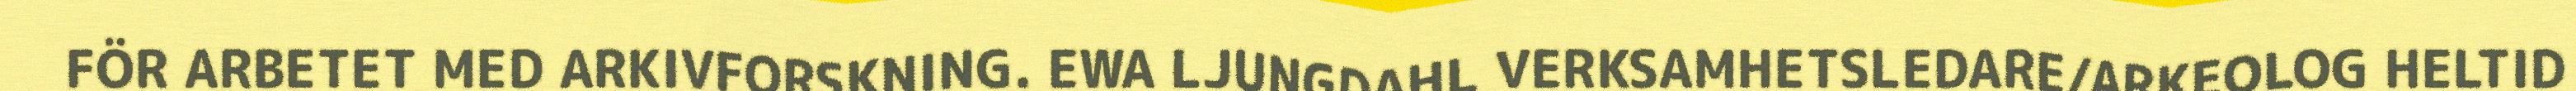
FÖR ARBETET MED ARKIVFORSKNING. EWA LJUNGDAHL VERKSAMHETSLEDARE/ARKEOLOG HELTID